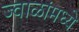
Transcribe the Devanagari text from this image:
ज्वाळांमध्ये